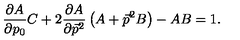
\frac { \partial A } { \partial p _ { 0 } } C + 2 \frac { \partial A } { \partial \vec { p } { } ^ { 2 } } \left( A + \vec { p } { } ^ { 2 } B \right) - A B = 1 .